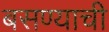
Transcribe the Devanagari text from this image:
बसण्‍याची